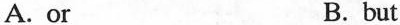
A.or B.but